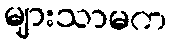
များသာမက